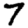
Digit: 7